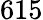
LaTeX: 615